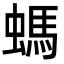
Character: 螞